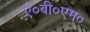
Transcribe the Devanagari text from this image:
ए०बी०एम०